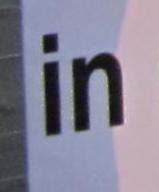
in